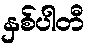
နှစ်ပါတီ